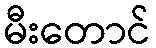
မီးတောင်